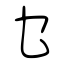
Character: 乜